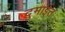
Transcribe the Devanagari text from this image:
दुमाईत